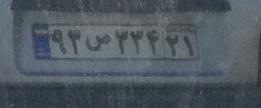
۹۳ص۳۳۴۲۱